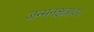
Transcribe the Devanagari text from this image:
जन्मनक्षत्रावर